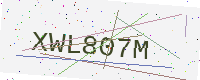
Text: XWL807M